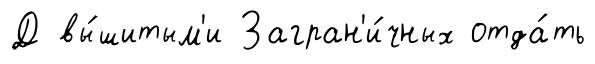
Д вы́шитым'и Загран'и́чных отда́ть